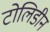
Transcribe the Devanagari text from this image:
टोलिडीन